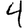
Digit: 4